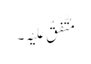
مُتَّفَقٌ عَلَیْہِ۔